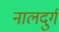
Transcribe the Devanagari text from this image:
नालदुर्ग